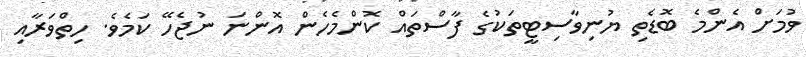
ވުމަށް އެންމެ ބޮޑެތި ޔުނިވާސިޓީތަކުގެ ފާސްތައް ކޮންމެހެން އޮންނަ ނުޖެހޭ ކަމެވެ. ހިތްވަރާއި